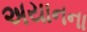
અયાનના